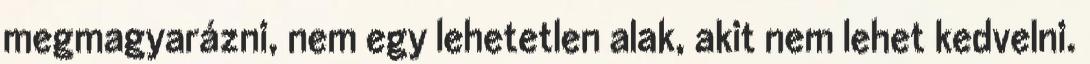
megmagyarázni, nem egy lehetetlen alak, akit nem lehet kedvelni.